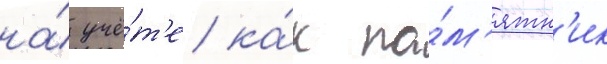
на́ учё́т'е ка́к па́м'ятн'ик